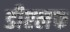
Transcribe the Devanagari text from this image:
डीएलफ